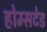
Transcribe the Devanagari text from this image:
होम्सटेड